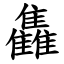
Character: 雥